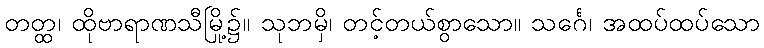
တတ္ထ၊ ထိုဗာရာဏသီမြို့၌။ သုဘမှိ၊ တင့်တယ်စွာသော။ သင်္ဂေ၊ အထပ်ထပ်သော